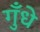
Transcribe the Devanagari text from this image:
गुँधे